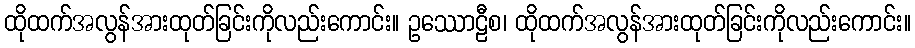
ထိုထက်အလွန်အားထုတ်ခြင်းကိုလည်းကောင်း။ ဥဿောဠီစ၊ ထိုထက်အလွန်အားထုတ်ခြင်းကိုလည်းကောင်း။